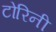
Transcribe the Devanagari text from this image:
टोरिनी